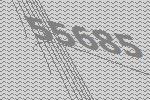
55685